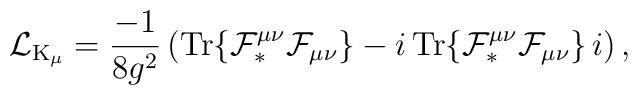
{\cal L}_{{\rm K}_{\mu}} =\frac{-1}{8g^2}\left({\rm Tr}\{{\cal F}_{\ast}^{\mu\nu}{\cal F}_{\mu\nu}\}- i\,{\rm Tr}\{{\cal F}_{\ast}^{\mu\nu}{\cal F}_{\mu\nu}\}\,i \right),